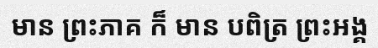
មាន ព្រះភាគ ក៏ មាន បពិត្រ ព្រះអង្គ